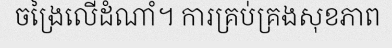
ចង្រៃលើដំណាំ។ ការគ្រប់គ្រងសុខភាព